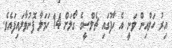
އިރު ހަލްއިން ވަނީ އެ ހާފުގައި ޗެލްސީގެ ގޯލަށް 14 ހަމަލާ ފޮނުވާލައިފައެވެ.